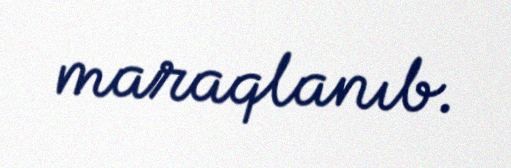
maraqlanıb.